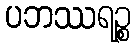
ပဘဿရဉ္စ